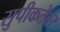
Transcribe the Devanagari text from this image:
सुपीकतेवर